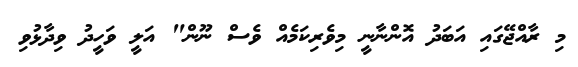
މި ރާއްޖޭގައި އަބަދު އޮންނާނީ މިވެރިކަމެއް ވެސް ނޫން" އަލީ ވަހީދު ވިދާޅުވި